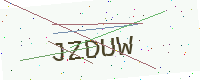
Text: JZDUW